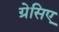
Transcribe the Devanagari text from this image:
ग्रेसिए